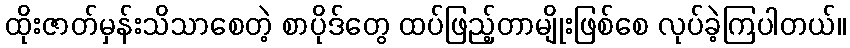
ထိုးဇာတ်မှန်းသိသာစေတဲ့ စာပိုဒ်တွေ ထပ်ဖြည့်တာမျိုးဖြစ်စေ လုပ်ခဲ့ကြပါတယ်။